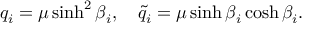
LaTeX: q _ { i } = \mu \sinh ^ { 2 } \beta _ { i } , \ \ \ \tilde { q } _ { i } = \mu \sinh \beta _ { i } \cosh \beta _ { i } .